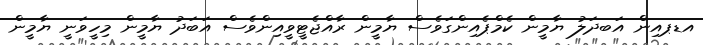
އޑޕއިން އަބދަލު ޔާމީން ކެމްޕެއިންގަވެސް ޔާމީން ރާއްޖެޓީވީއިންވެސް އަބަދު ޔާމީން މިހީވަނީ ޔާމީން